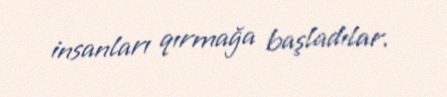
insanları qırmağa başladılar.